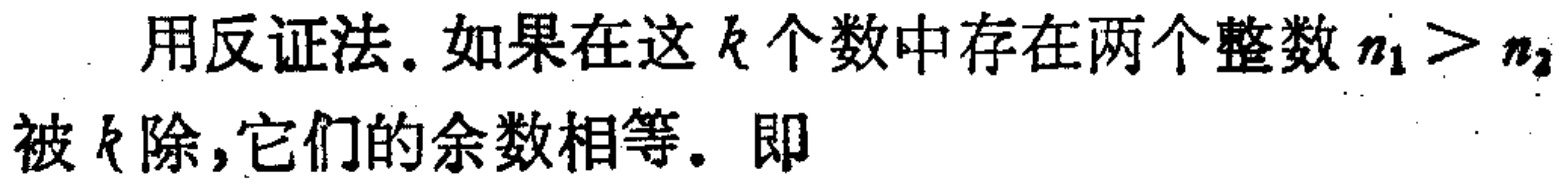
用反证法. 如果在这\(k\)个数中存在两个整数\(n_1 > n_2\)被\(k\)除, 它们的余数相等. 即